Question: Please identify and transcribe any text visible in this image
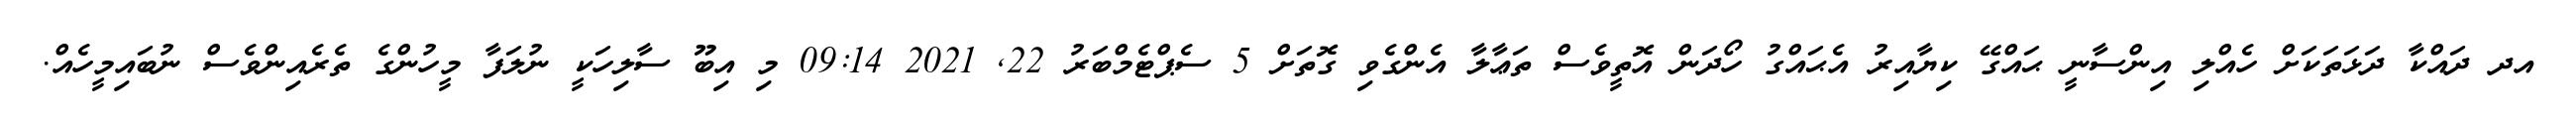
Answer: އދ ދައްކާ ދަޅަތަކަށް ހެއްލި އިންސާނީ ޙައްގޭ ކިޔާއިރު އެޙައްގު ހޯދަން އޮތީވެސް ތަޢާލާ އެންގެވި ގޮތަށް 5 ސެޕްޓެމްބަރު 22, 2021 09:14 މި އިބޫ ސާލިހަކީ ނުލަފާ މީހުންގެ ތެރެއިންވެސް ނުބައިމީހެއް.